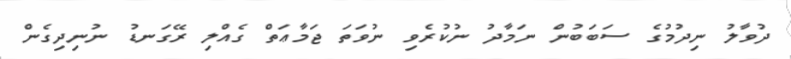
ދުވާލު ނިދުމުގެ ސަބަބުން ނަމާދު ނުކުރެވި ނުވަތަ ޖަމާޢަތް ގެއްލި ރޭގަނޑު ނުނިދިގެން